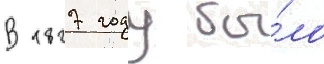
В 1827 году бы́ло